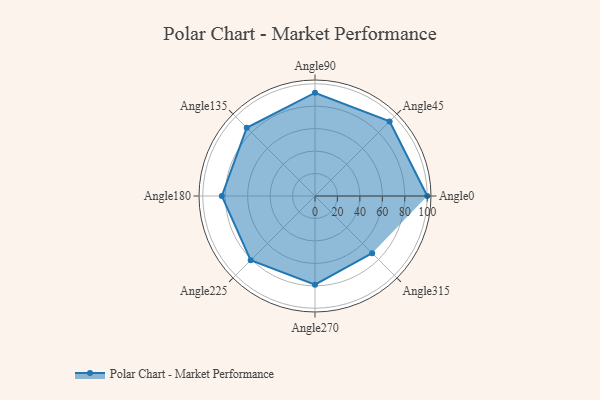
{"axis": {"x": "Angle", "y": "Radius"}, "legend": [""], "data": [{"x": "Angle0", "y": 100.0, "type": ""}, {"x": "Angle45", "y": 94.0, "type": ""}, {"x": "Angle90", "y": 92.0, "type": ""}, {"x": "Angle135", "y": 86.0, "type": ""}, {"x": "Angle180", "y": 83.0, "type": ""}, {"x": "Angle225", "y": 81.0, "type": ""}, {"x": "Angle270", "y": 79.0, "type": ""}, {"x": "Angle315", "y": 72.0, "type": ""}]}